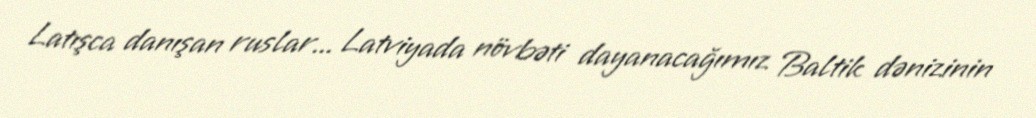
Latışca danışan ruslar... Latviyada növbəti dayanacağımız Baltik dənizinin